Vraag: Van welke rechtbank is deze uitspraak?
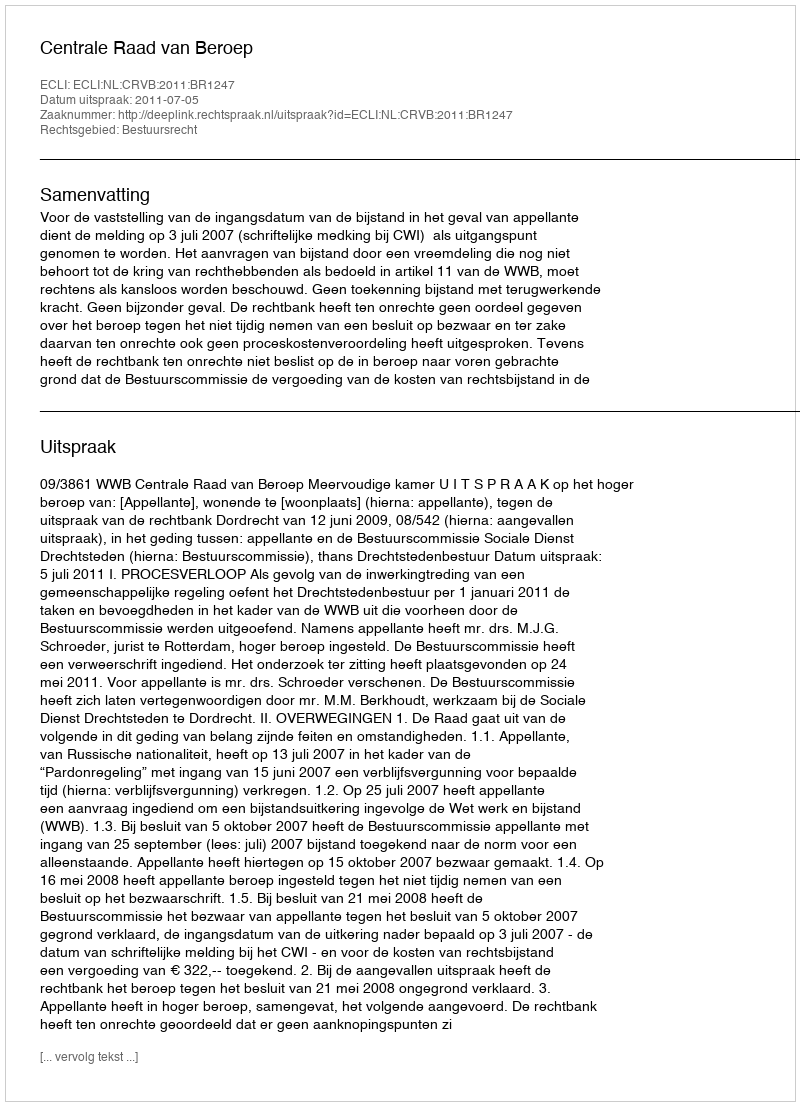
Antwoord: Centrale Raad van Beroep